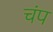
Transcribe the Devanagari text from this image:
चंप